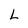
Character: L